Annual administration report of the Civil Veterinary Department of India - 1904-1905
Year: 1904
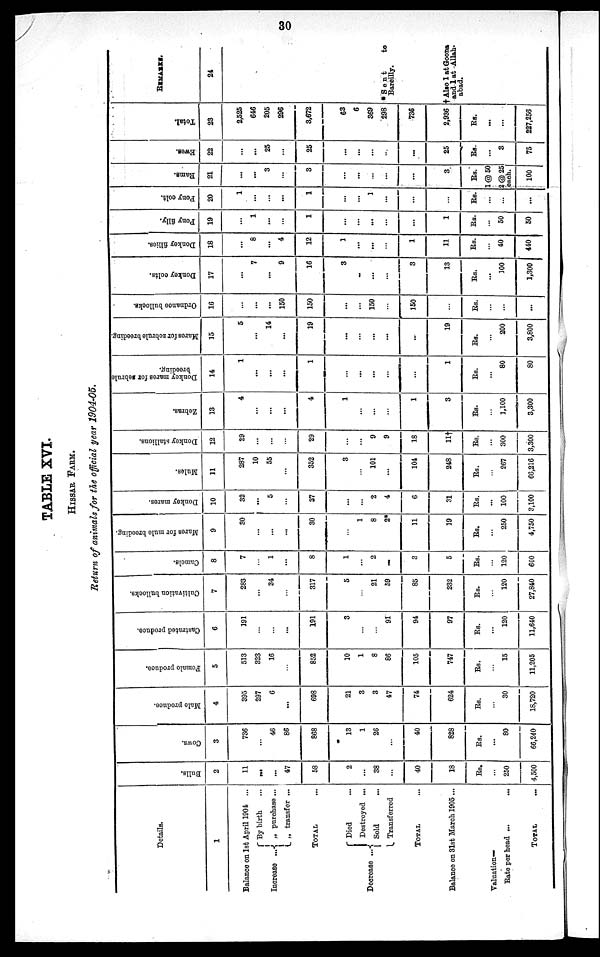
30
TABLE XVI.
HISSAR FARM.
Return of animals for the official year 1904-05.
Details.
1
Balance on 1st April 1904 ...
By birth ...
Increase { ... „ purchase ...
„ transfer ...
TOTAL
Died ...
Decrease ... { Destroyed ...
Sold ...
Transferred
TOTAL ...
Balance on 31st March 1905 ...
Valuation-
Rate per head ...
...
TOTAL ...
Bulls.
2
11
...
...
47
58
2
...
38
...
40
18
Rs.
...
250
4,500
Cows.
3
736
...
46
86
868
13
1
26
...
40
828
Rs.
...
80
66,240
Male produce.
4
395
297
6
...
698
21
3
3
47
74
624
Rs.
30
18,720
Female produce.
5
513
323
16
...
852
10
1
8
86
105
747
Rs.
15
11,205
Castrated produce.
6
191
...
...
...
191
3
...
91
94
97
Rs.
...
120
11,640
Cultivation bullocks.
7
283
...
34
...
317
5
...
21
59
85
232
Rs.
...
120
27,840
Camels.
8
7
...
1
...
8
1
...
2
...
3
5
Rs.
...
120
600
Mares for mule breeding.
9
30
...
...
...
30
1
8
2*
11
19
Rs.
...
250
4,750
Donkey mares.
10
32
...
5
...
37
...
2
4
6
31
Rs.
...
100
3,100
Mules.
11
287
10
55
...
352
3
...
101
...
104
248
Rs.
...
267
66,216
Donkey stallions.
12
29
...
...
...
29
...
9
9
18
11†
Rs.
...
300
3,300
Zebras.
13
4
...
...
...
4
1
...
...
...
1
3
Rs.
...
1,100
3,300
Donkey mares for rebrule
breeding.
14
1
...
...
...
1
...
...
...
1
Rs.
...
80
80
Maros
for zebrule breeding.
15
5
...
14
...
19
...
...
...
19
Rs.
...
200
3,800
Ordnance bullocks.
16
...
...
...
150
150
...
150
...
150
...
Rs.
...
...
...
Donkey colts.
17
...
7
...
9
16
3
...
...
...
3
13
Rs.
...
100
1,300
Donkey fillies.
18
...
8
...
4
12
1
...
...
...
1
11
Rs.
...
40
440
Pony filly.
19
...
1
...
...
1
...
...
...
...
1
Rs.
...
50
50
Pony colt.
20
1
...
...
...
1
...
1
...
...
...
Rs.
...
...
...
Rams.
21
...
...
3
...
3
...
...
...
3
Rs.
1 @ 50
2 @ 25
each.
100
Ewes.
22
...
25
...
25
...
...
...
...
25
Rs.
...
3
75
Total.
23
2,525
646
205
296
3,672
63
6
369
298
736
2,936
Rs.
...
...
227,256
REMARKS.
24
* Sent
to
Bareilly.
†Also 1 at Goons
and 1 at Allah-
abad.